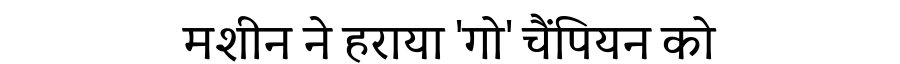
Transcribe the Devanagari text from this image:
मशीन ने हराया 'गो' चैंपियन को